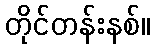
တိုင်တန်းနစ်။